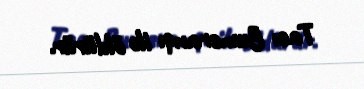
Tacı Bumeranqı ilə öldürür.